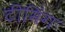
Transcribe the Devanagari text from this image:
टीमिंग